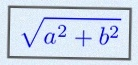
\sqrt{a^2+b^2}